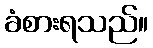
ခံစားရသည်။